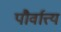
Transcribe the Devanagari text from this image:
पौर्वात्त्य